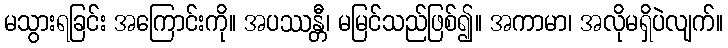
မသွားရခြင်း အကြောင်းကို။ အပဿန္တီ၊ မမြင်သည်ဖြစ်၍။ အကာမာ၊ အလိုမရှိပဲလျက်။